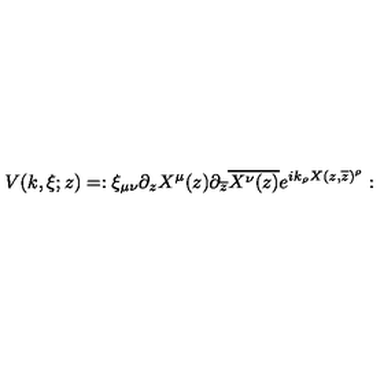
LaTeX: V ( k , \xi ; z ) = : \xi _ { \mu \nu } \partial _ { z } X ^ { \mu } ( z ) \partial _ { \overline { { z } } } \overline { { X ^ { \nu } ( z ) } } e ^ { i k _ { \rho } X ( z , \overline { { z } } ) ^ { \rho } } :